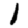
Digit: 1